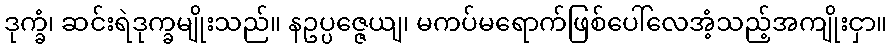
ဒုက္ခံ၊ ဆင်းရဲဒုက္ခမျိုးသည်။ နဥပ္ပဇ္ဇေယျ၊ မကပ်မရောက်ဖြစ်ပေါ်လေအံ့သည့်အကျိုးငှာ။